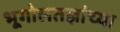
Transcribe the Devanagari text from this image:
भूगोलतज्ञांच्या